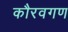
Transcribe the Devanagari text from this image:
कौरवगण